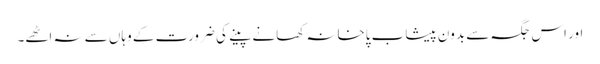
اور اس جگہ سے بدون پیشاب پاخانہ کھانے پینے کی ضرورت کے وہاں سے نہ اٹھے۔